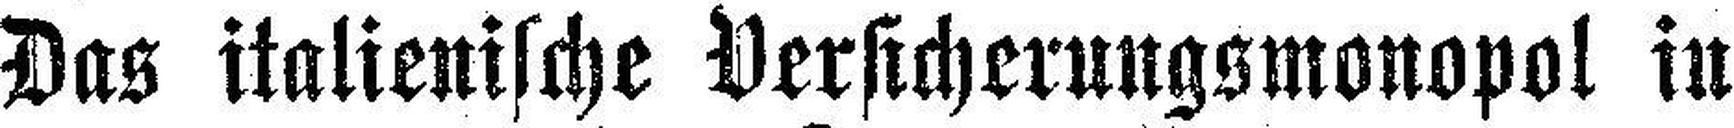
Das italienische Versicherungsmonopol in